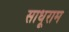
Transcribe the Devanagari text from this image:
साधूराम